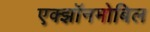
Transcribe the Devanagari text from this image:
एक्झॉनमोबिल